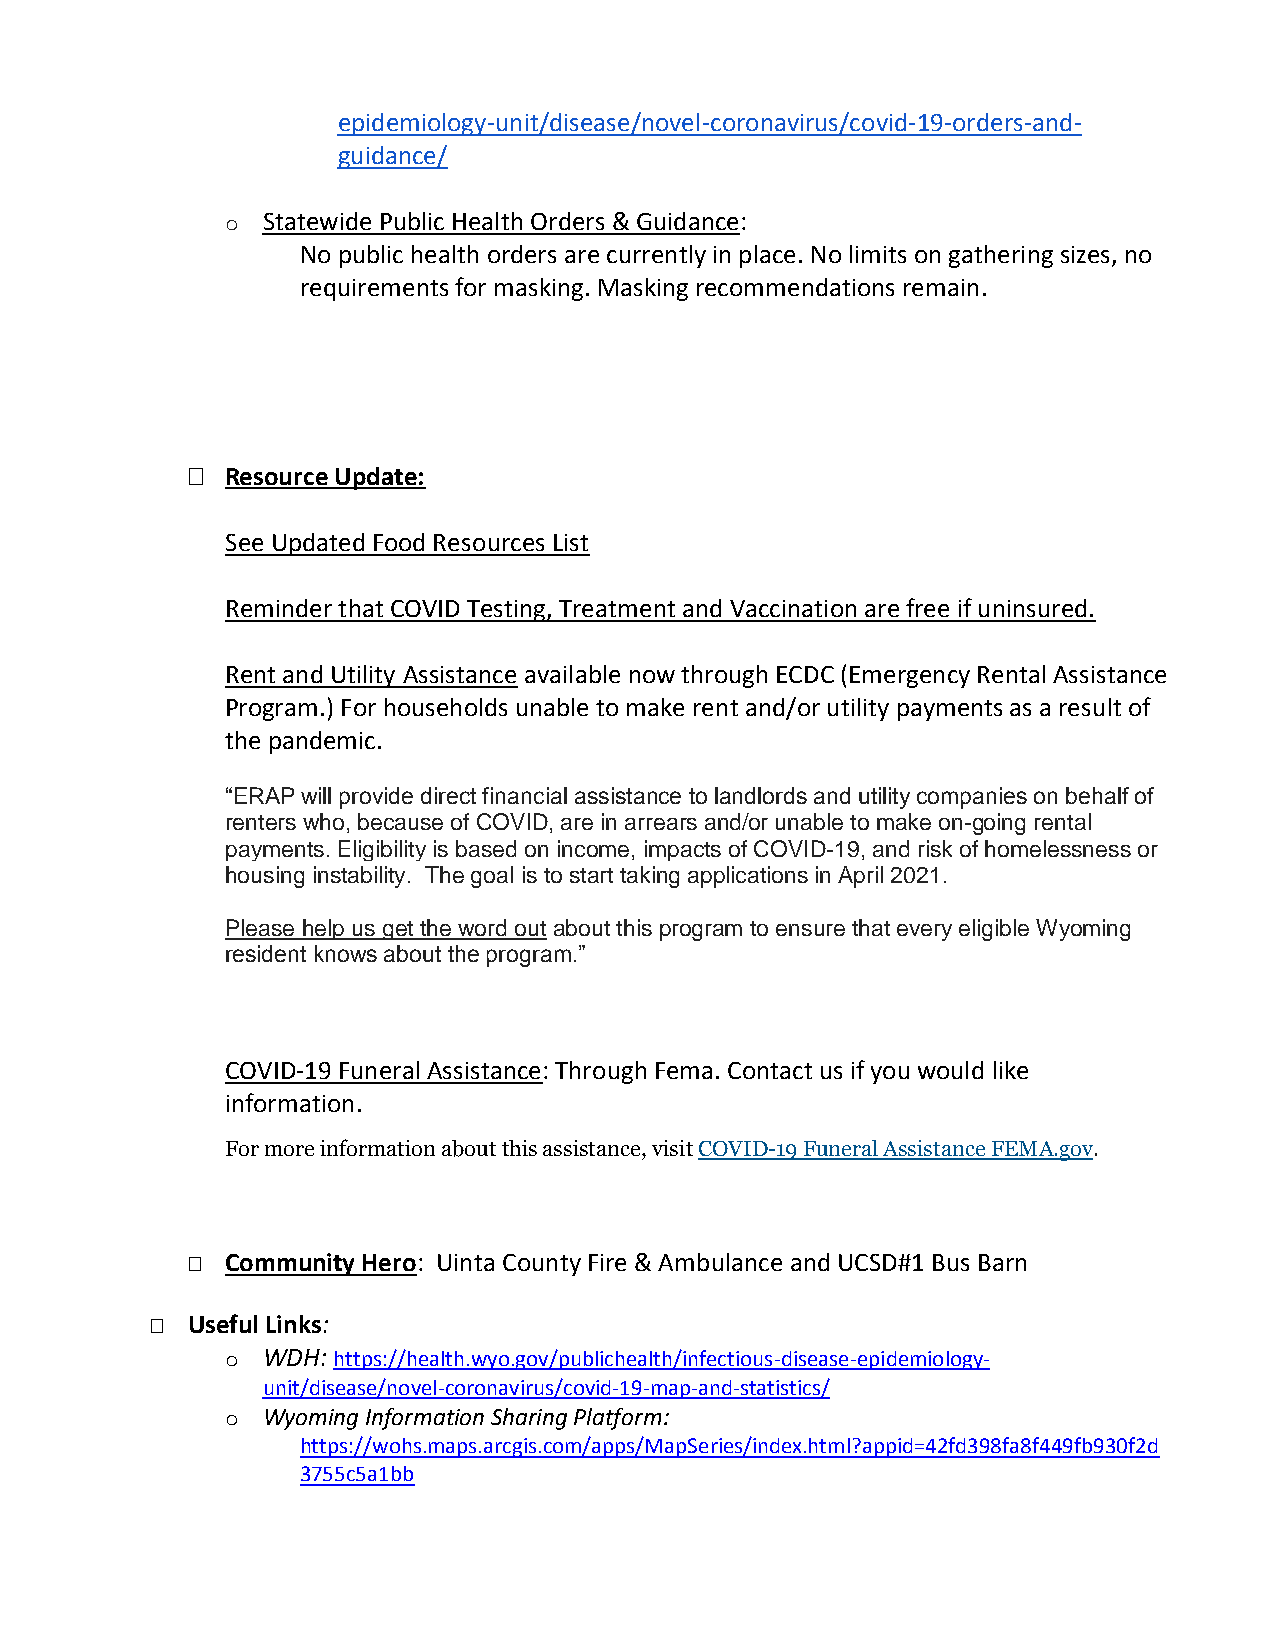
epidemiology-unit/disease/novel-coronavirus/covid-19-orders-and-
 guidance/
 o Statewide Public Health Orders & Guidance:
 No public health orders are currently in place. No limits on gathering sizes, no
 requirements for masking. Masking recommendations remain.
   Resource Update:
 See Updated Food Resources List
 Reminder that COVID Testing, Treatment and Vaccination are free if uninsured.
 Rent and Utility Assistance available now through ECDC (Emergency Rental Assistance
 Program.) For households unable to make rent and/or utility payments as a result of
 the pandemic.
 “ERAP will provide direct financial assistance to landlords and utility companies on behalf of
 renters who, because of COVID, are in arrears and/or unable to make on-going rental
 payments. Eligibility is based on income, impacts of COVID-19, and risk of homelessness or
 housing instability. The goal is to start taking applications in April 2021.
 Please help us get the word out about this program to ensure that every eligible Wyoming
 resident knows about the program.”
 COVID-19 Funeral Assistance: Through Fema. Contact us if you would like
 information.
 For more information about this assistance, visit COVID-19 Funeral Assistance FEMA.gov.
   Community Hero: Uinta County Fire & Ambulance and UCSD#1 Bus Barn
  Useful Links:
 o WDH: https://health.wyo.gov/publichealth/infectious-disease-epidemiology-
 unit/disease/novel-coronavirus/covid-19-map-and-statistics/
 o Wyoming Information Sharing Platform:
 https://wohs.maps.arcgis.com/apps/MapSeries/index.html?appid=42fd398fa8f449fb930f2d
 3755c5a1bb